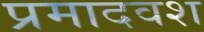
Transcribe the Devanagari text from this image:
प्रमादवश